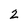
Character: 2